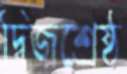
দ্বিজশ্রেষ্ঠ